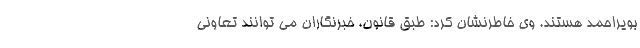
بویراحمد هستند. وی خاطرنشان کرد: طبق قانون، خبرنگاران می توانند تعاونی